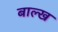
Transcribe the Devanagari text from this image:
बाल्ख